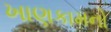
ખાણકામનો